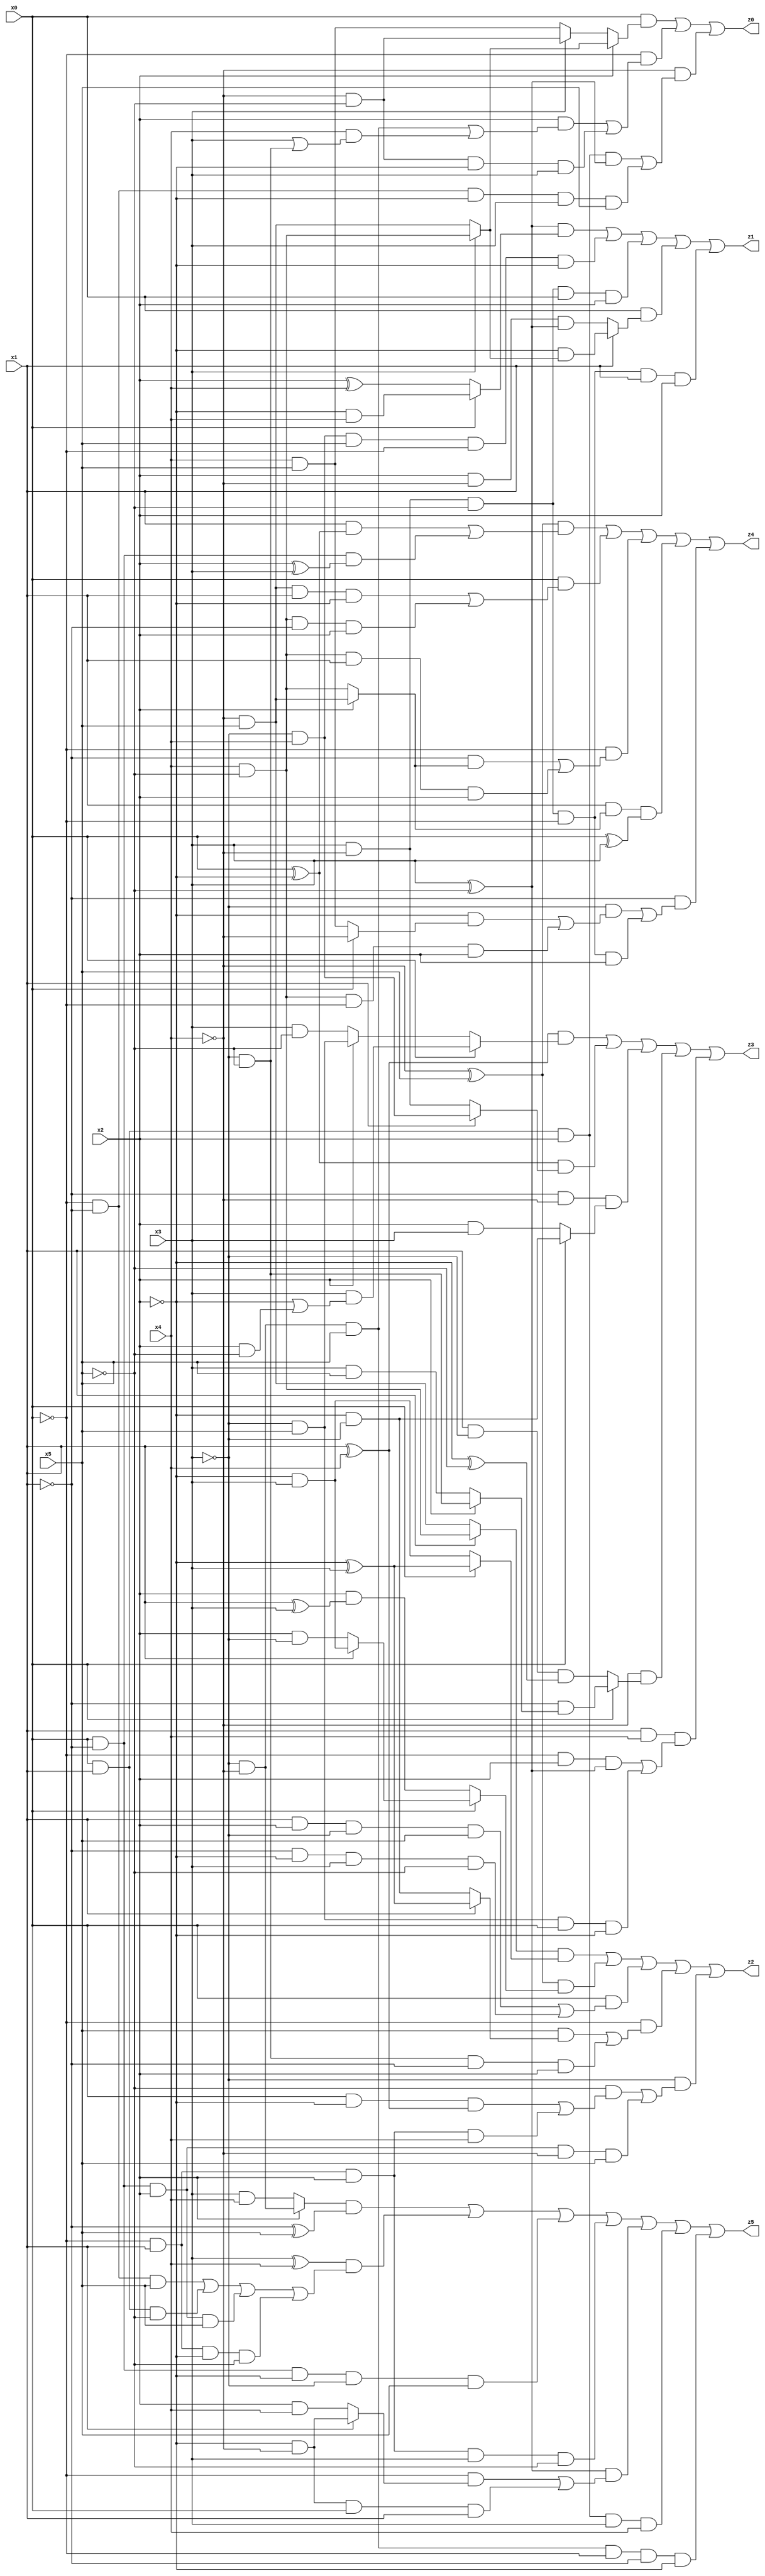
// Benchmark "X_15" written by ABC on Thu Jun 29 03:15:07 2023

module X_15 ( 
    x0, x1, x2, x3, x4, x5,
    z0, z1, z2, z3, z4, z5  );
  input  x0, x1, x2, x3, x4, x5;
  output z0, z1, z2, z3, z4, z5;
  assign z0 = (x0 & (x2 ? (x3 ? (x4 & ~x5) : (~x4 & x5)) : (x3 ? (~x4 & ~x5) : (x4 & x5)))) | (~x0 & ((x2 & ((~x3 & ~x4 & x5) | (x4 & (x3 | (~x3 & ~x5))))) | (~x4 & ~x5 & ~x2 & x3))) | (~x4 & ((x0 & x1 & x2 & (x3 ^ ~x5)) | (~x0 & ~x1 & ~x2 & x3 & x5)));
  assign z1 = ((x3 ^ ~x5) & (x0 ? (~x2 & x4) : (x2 ^ x4))) | (~x3 & x4 & x5 & ~x0 & ~x2) | (x3 & ~x4 & ~x5 & x0 & x2) | (x0 & (x1 ? (~x2 & (x3 ? (x4 & ~x5) : (~x4 & x5))) : (x2 & ~x4 & (x3 ^ ~x5)))) | (x3 & ~x4 & ~x5 & ~x0 & x1 & x2);
  assign z2 = ((x1 ? (x4 & ~x5) : (~x4 & x5)) & (x0 ? (~x2 ^ x3) : (~x2 & x3))) | ((~x4 ^ x5) & (x0 ? (x1 ? (~x2 & x3) : (x2 & ~x3)) : (x2 & (x1 ^ x3)))) | (x0 & ((x1 & x2 & ~x3 & x5) | (~x1 & ~x2 & x3 & ~x5))) | (~x0 & ((x5 & (x1 ? (~x2 ^ x3) : (~x2 & ~x3))) | (~x3 & ~x5 & ~x1 & x2))) | (~x3 & ((~x5 & ((x0 & ~x2 & (x1 ^ x4)) | (~x0 & x1 & x2 & x4))) | (x0 & ~x1 & x2 & ~x4 & x5)));
  assign z3 = ((x1 ^ x4) & (x0 ? (x3 & (~x2 | (x2 & ~x5))) : (x2 ? (~x3 & x5) : (x3 & ~x5)))) | ((x0 ^ ~x2) & (x1 ? (~x3 & x4) : (x3 & ~x4))) | (~x1 & ~x4 & (x0 ? (~x2 & ~x3) : (x2 & x3))) | (~x4 & (x0 ? (~x1 & (x2 ? (~x3 & ~x5) : (x3 & x5))) : (x1 & ~x3 & (~x2 ^ ~x5)))) | (x1 & x4 & ((~x0 & x2 & (x3 ^ ~x5)) | (~x3 & x5 & x0 & ~x2)));
  assign z4 = ((~x4 ^ x5) & ((x1 & (x0 ^ ~x2)) | (x0 & ~x1 & (x2 ^ x3)))) | (x0 & ((~x4 & x5 & x1 & ~x2) | (x4 & ~x5 & ~x1 & x2))) | (~x0 & ((~x1 & (x2 ? (~x4 & x5) : (x4 & ~x5))) | (x4 & ~x5 & x1 & x2))) | (x1 & (x2 ? (~x4 & x5) : (x4 & ~x5)) & (x0 ^ x3)) | (~x1 & ((~x3 & ((~x2 & (x0 ? ~x4 : (x4 & x5))) | (x4 & ~x5 & ~x0 & x2))) | (x3 & ~x4 & ~x5 & ~x0 & x2)));
  assign z5 = ((x2 ? (~x3 & ~x4) : (x3 & x4)) & (~x1 ^ x5)) | ((x3 ^ x4) & ((~x0 & ~x1 & x5) | (x0 & x1 & ~x5) | (x0 & ~x1 & x2 & x5) | (~x0 & x1 & ~x2 & ~x5))) | (x0 & ~x1 & ~x2 & ~x3 & x5) | (~x0 & x1 & x2 & x3 & ~x5) | ((x3 ^ ~x5) & ((~x0 & (x1 ? (~x2 & ~x4) : (x2 & x4))) | (~x2 & ~x4 & x0 & x1))) | (x0 & x1 & x2 & x3 & x4) | (~x3 & ~x4 & x5 & ~x0 & ~x1 & ~x2);
endmodule